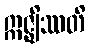
ဣဇ္ဈိဿတိ